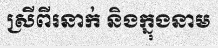
ស្រីពីរនាក់ និងក្នុងនាម